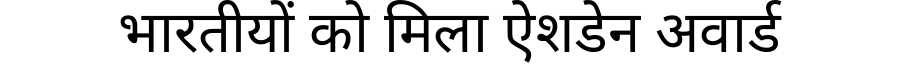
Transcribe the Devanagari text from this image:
भारतीयों को मिला ऐशडेन अवार्ड